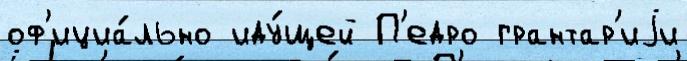
оф'ициа́льно иду́щей П'едро грантар'иjи